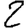
Digit: 2